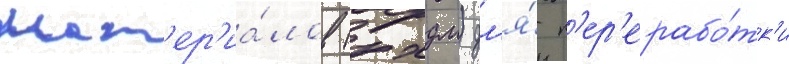
мат'ер'иа́лов (рхдм) дл'я́ п'ер'ерабо́тк'и